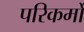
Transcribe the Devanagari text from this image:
परिकर्मों